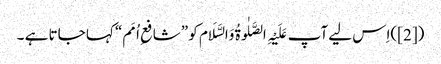
([2])اِس لیے آپ عَلَیْہِ الصَّلٰوۃُ وَالسَّلَام کو ”شافعِ اُمَم“ کہا جاتا ہے ۔